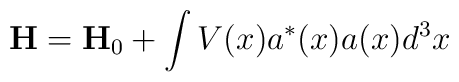
\mathbf{H}=\mathbf{H}_{0}+\int V(x)a^{*}(x)a(x)d^{3}x